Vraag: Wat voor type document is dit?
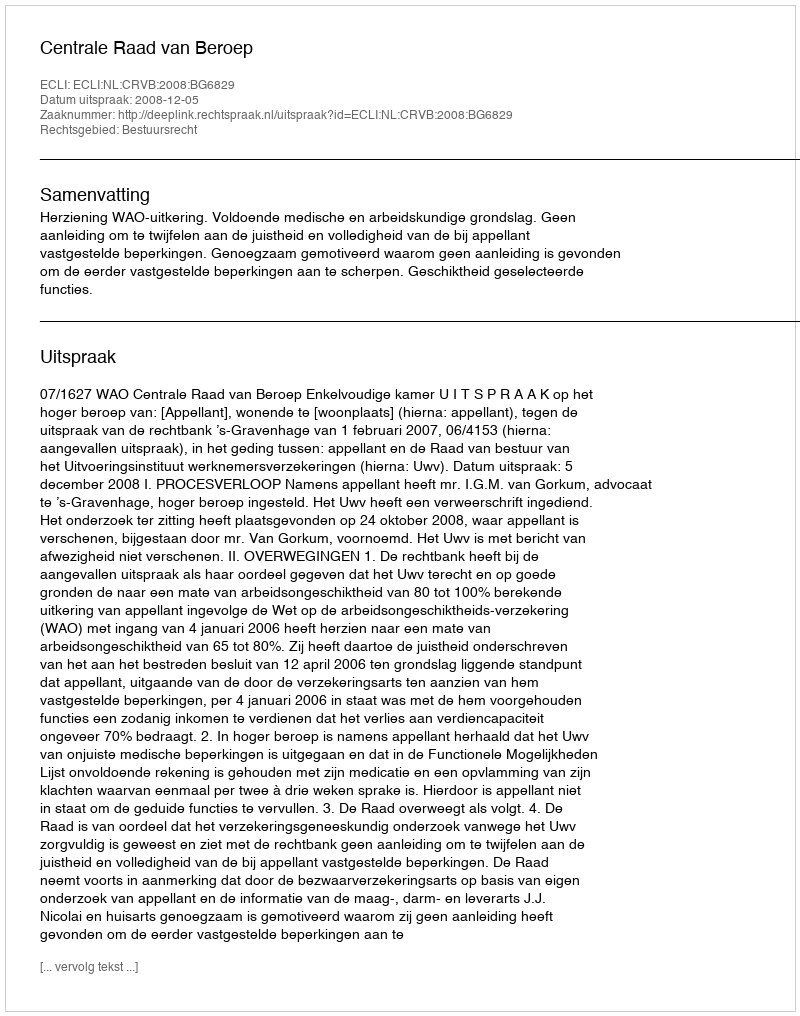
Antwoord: Uitspraak